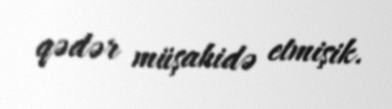
qədər müşahidə etmişik.